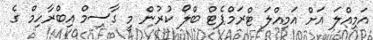
އަމިއްލަ އަށް އަމިއްލަ ޓްރަމްޕެޓް ބްލޯ ކުރުން މީ ގާސިމް އިބްރާހިމް ގެ